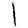
Digit: 1